Vaccine operations Central Provinces & Berar 1922-1929 - 1922-1929
Year: 1922
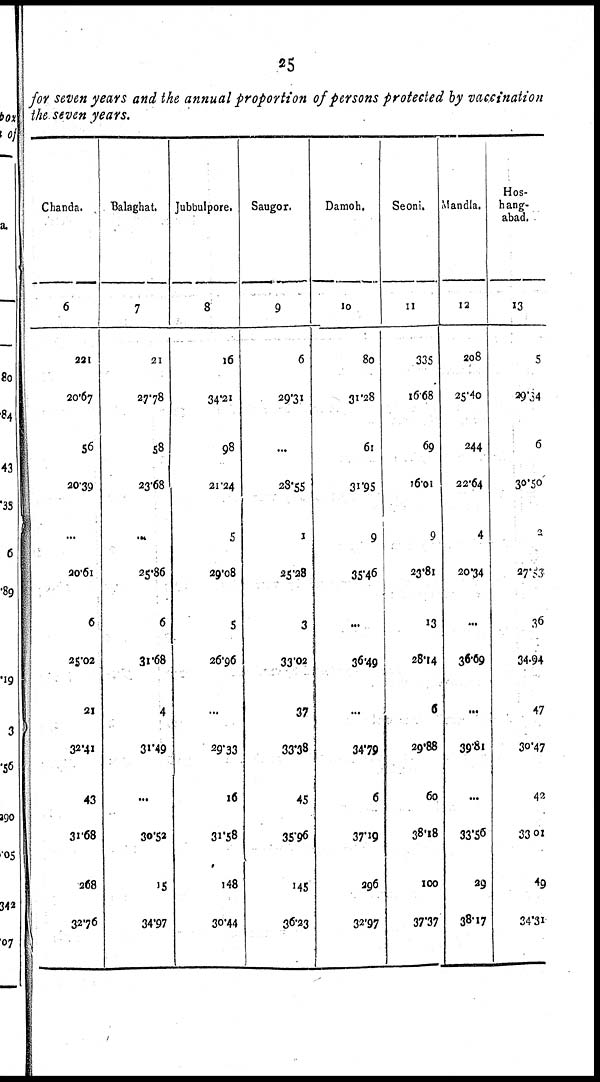
25
for seven years and the annual proportion of persons protected by vaccination
the seven years.
Chanda.
6
221
20.67
56
20.39
...
20.61
6
25.02
21
32.41
43
31.68
268
32.76
Balaghat.
7
21
27.78
58
23.68
...
25.86
6
31.68
4
31.49
...
30.52
15
34.97
Jubbulpore.
8
16
34.21
98
21.24
5
29.08
5
26.96
...
29.33
16
31.58
148
30.44
Saugor.
9
6
29.31
...
28.55
1
25.28
3
33.02
37
33.38
45
35.96
145
36.23
Damoh.
10
80
31.28
61
31.95
9
35. 46
...
36.49
...
34.79
6
37.19
296
32.97
Seoni.
11
335
16.68
69
16.01
9
23.81
13
28.14
6
29.88
60
38.18
100
37.37
Mandla.
12
208
25.40
244
22.64
4
20.34
...
36.69
...
39.81
...
33.56
29
38.17
Hos¬
hang¬
abad.
13
5
29.34
6
30.50
2
27.53
36
34.94
47
30.47
42
33.01
49
34.31